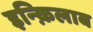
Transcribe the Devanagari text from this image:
इन्क़िलाब